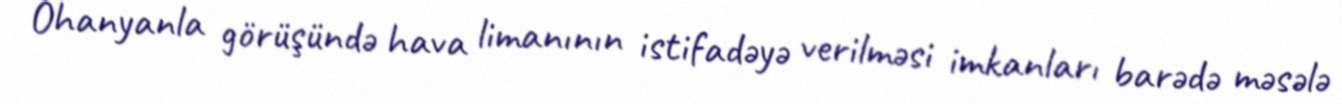
Ohanyanla görüşündə hava limanının istifadəyə verilməsi imkanları barədə məsələ